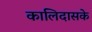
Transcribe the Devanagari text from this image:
कालिदासके